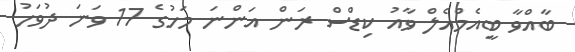
ބާއްވާ ބީއެމްއެލް ވާއު ކިޑްސް ރަން އަންނަ މަހުގެ 17 ވަނަ ދުވަހު